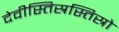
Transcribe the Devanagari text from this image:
देवीस्तिस्रस्तिस्रो